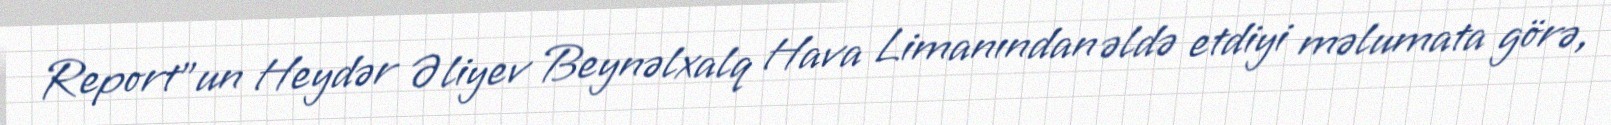
Report"un Heydər Əliyev Beynəlxalq Hava Limanından əldə etdiyi məlumata görə,